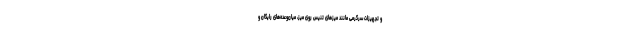
و تجهیزات سرگرمی مانند میزهای تنیس روی میز، میان‌وعده‌های رایگان و